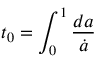
t _ { 0 } = \int _ { 0 } ^ { 1 } { \frac { d a } { \dot { a } } }